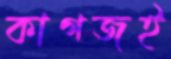
কাগজই